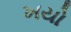
ખયો